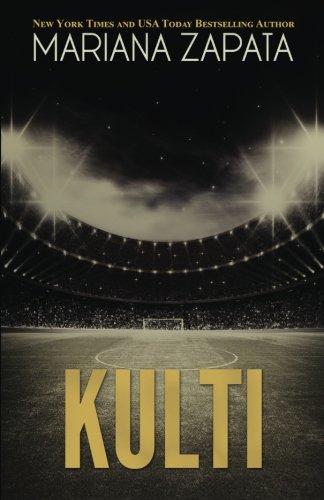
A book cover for Kulti; Mariana Zapata; Romance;